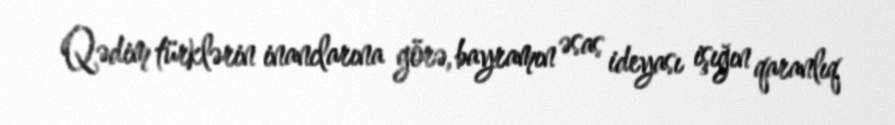
Qədim türklərin inanclarına görə, bayramın əsas ideyası işığın qaranlıq